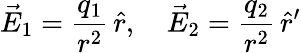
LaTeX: \vec{E}_{1}={\frac{q_{1}}{r^{2}}}\, \hat{r},\quad\vec{E}_{2}={\frac{q_{2}}{r^{2}}}\, \hat{r}^{\prime}